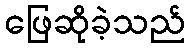
ဖြေဆိုခဲ့သည်